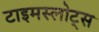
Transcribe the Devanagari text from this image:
टाइमस्लोट्स